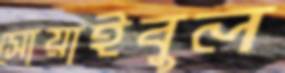
সোয়াইবুল